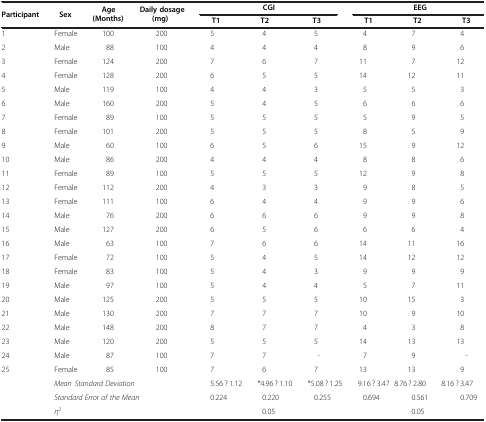
<table><thead><tr><td rowspan="2"><b>Participant</b></td><td rowspan="2"><b>Sex</b></td><td rowspan="2"><b>Age (Months)</b></td><td rowspan="2"><b>Daily dosage (mg)</b></td><td colspan="3"><b>CGI</b></td><td colspan="3"><b>EEG</b></td></tr><tr><td><b>T1</b></td><td><b>T2</b></td><td><b>T3</b></td><td><b>T1</b></td><td><b>T2</b></td><td><b>T3</b></td></tr></thead><tbody><tr><td>1</td><td>Female</td><td>100</td><td>200</td><td>5</td><td>4</td><td>5</td><td>4</td><td>7</td><td>4</td></tr><tr><td>2</td><td>Male</td><td>88</td><td>100</td><td>4</td><td>4</td><td>4</td><td>8</td><td>9</td><td>6</td></tr><tr><td>3</td><td>Female</td><td>124</td><td>200</td><td>7</td><td>6</td><td>7</td><td>11</td><td>7</td><td>12</td></tr><tr><td>4</td><td>Female</td><td>128</td><td>200</td><td>6</td><td>5</td><td>5</td><td>14</td><td>12</td><td>11</td></tr><tr><td>5</td><td>Male</td><td>119</td><td>100</td><td>4</td><td>4</td><td>3</td><td>5</td><td>5</td><td>3</td></tr><tr><td>6</td><td>Male</td><td>160</td><td>200</td><td>5</td><td>4</td><td>5</td><td>6</td><td>6</td><td>6</td></tr><tr><td>7</td><td>Female</td><td>89</td><td>100</td><td>5</td><td>5</td><td>5</td><td>5</td><td>9</td><td>5</td></tr><tr><td>8</td><td>Female</td><td>101</td><td>200</td><td>5</td><td>5</td><td>5</td><td>8</td><td>5</td><td>9</td></tr><tr><td>9</td><td>Male</td><td>60</td><td>100</td><td>6</td><td>5</td><td>6</td><td>15</td><td>9</td><td>12</td></tr><tr><td>10</td><td>Male</td><td>86</td><td>200</td><td>4</td><td>4</td><td>4</td><td>8</td><td>8</td><td>6</td></tr><tr><td>11</td><td>Female</td><td>89</td><td>100</td><td>5</td><td>5</td><td>5</td><td>12</td><td>9</td><td>8</td></tr><tr><td>12</td><td>Female</td><td>112</td><td>200</td><td>4</td><td>3</td><td>3</td><td>9</td><td>8</td><td>5</td></tr><tr><td>13</td><td>Female</td><td>111</td><td>100</td><td>6</td><td>4</td><td>4</td><td>9</td><td>9</td><td>6</td></tr><tr><td>14</td><td>Male</td><td>76</td><td>200</td><td>6</td><td>6</td><td>6</td><td>9</td><td>9</td><td>8</td></tr><tr><td>15</td><td>Male</td><td>127</td><td>200</td><td>6</td><td>5</td><td>6</td><td>6</td><td>6</td><td>4</td></tr><tr><td>16</td><td>Male</td><td>63</td><td>100</td><td>7</td><td>6</td><td>6</td><td>14</td><td>11</td><td>16</td></tr><tr><td>17</td><td>Female</td><td>72</td><td>100</td><td>5</td><td>4</td><td>5</td><td>14</td><td>12</td><td>12</td></tr><tr><td>18</td><td>Female</td><td>83</td><td>100</td><td>5</td><td>4</td><td>3</td><td>9</td><td>9</td><td>9</td></tr><tr><td>19</td><td>Male</td><td>97</td><td>100</td><td>5</td><td>4</td><td>4</td><td>5</td><td>7</td><td>11</td></tr><tr><td>20</td><td>Male</td><td>125</td><td>200</td><td>5</td><td>5</td><td>5</td><td>10</td><td>15</td><td>3</td></tr><tr><td>21</td><td>Male</td><td>130</td><td>200</td><td>7</td><td>7</td><td>7</td><td>10</td><td>9</td><td>10</td></tr><tr><td>22</td><td>Male</td><td>148</td><td>200</td><td>8</td><td>7</td><td>7</td><td>4</td><td>3</td><td>8</td></tr><tr><td>23</td><td>Male</td><td>120</td><td>200</td><td>5</td><td>5</td><td>5</td><td>14</td><td>13</td><td>13</td></tr><tr><td>24</td><td>Male</td><td>87</td><td>100</td><td>7</td><td>7</td><td>-</td><td>7</td><td>9</td><td>-</td></tr><tr><td>25</td><td>Female</td><td>85</td><td>100</td><td>7</td><td>6</td><td>7</td><td>13</td><td>13</td><td>9</td></tr><tr><td></td><td colspan="3"><i>Mean ± Standard Deviation</i></td><td>5.56 ± 1.12</td><td>*4.96 ± 1.10</td><td>*5.08 ± 1.25</td><td>9.16 ± 3.47</td><td>8.76 ± 2.80</td><td>8.16 ± 3.47</td></tr><tr><td></td><td colspan="3"><i>Standard Error of the Mean</i></td><td>0.224</td><td>0.220</td><td>0.255</td><td>0.694</td><td>0.561</td><td>0.709</td></tr><tr><td></td><td colspan="3"><i>η</i><sup><i>2</i></sup></td><td></td><td>0.05</td><td></td><td></td><td>0.05</td><td></td></tr></tbody></table>